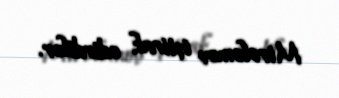
Mirələmov iştirak edirdilər.